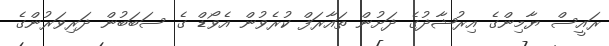
ރައީސް ޔާމިންގެ އިރުޝާދުގެ ދަށުން ތައާރަފް ކުރެވުން އެވޯޑް ގެ ސަބަބުން ދަރިވަރުންގެ